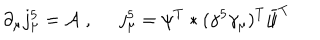
\partial _ { \mu } j _ { \mu } ^ { 5 } = { \cal A } \; , \; \; j _ { \mu } ^ { 5 } = \psi ^ { T } * ( \gamma ^ { 5 } \gamma _ { \mu } ) ^ { T } { \bar { \psi } } ^ { T }